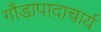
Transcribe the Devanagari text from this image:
गौड़ापादाचार्य